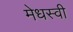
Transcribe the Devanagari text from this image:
मेधस्वी